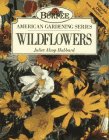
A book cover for Wildflowers (Burpee American Gardening Series); Juliet Alsop Hubbard; Crafts, Hobbies & Home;